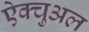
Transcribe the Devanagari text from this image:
ऐक्चुअल